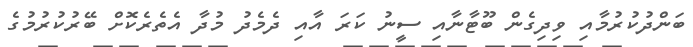
ބަންދުކުރުމާއި ވިދިގެން ބޫޓާނާއި ސީނު ކަރަ އާއި ދެމެދު މުދާ އެތެރެކޮށް ބޭރުކުރުމުގެ